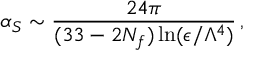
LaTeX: \alpha _ { S } \sim { \frac { 2 4 \pi } { ( 3 3 - 2 N _ { f } ) \ln ( \epsilon / \Lambda ^ { 4 } ) } } \, ,